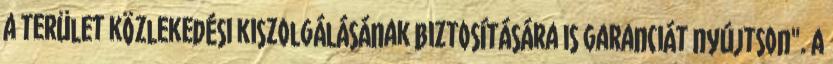
a terület közlekedési kiszolgálásának biztosítására is garanciát nyújtson". A